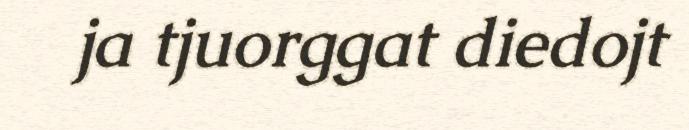
ja tjuorggat diedojt